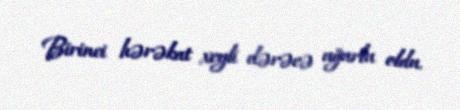
Birinci hərəkat xeyli dərəcə uğurlu oldu.